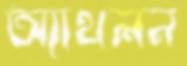
অ্যাথলন